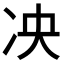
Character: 𫥅